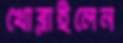
খোব্‌লাইলেন